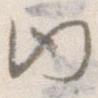
内